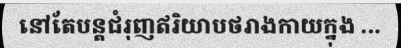
នៅតែបន្តជំរុញឥរិយាបថរាងកាយក្នុង ...